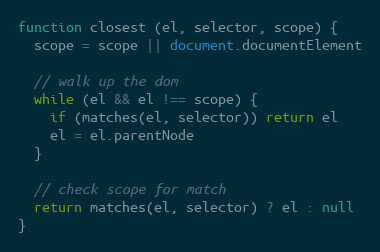
Language: JavaScript
function closest (el, selector, scope) {
  scope = scope || document.documentElement

  // walk up the dom
  while (el && el !== scope) {
    if (matches(el, selector)) return el
    el = el.parentNode
  }

  // check scope for match
  return matches(el, selector) ? el : null
}